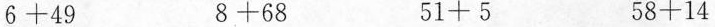
$$6 + 4 9$$ $$8 + 6 8$$ $$5 1 + 5$$ $$5 8 + 1 4$$